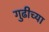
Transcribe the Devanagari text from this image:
गुढीच्या